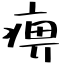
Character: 痹